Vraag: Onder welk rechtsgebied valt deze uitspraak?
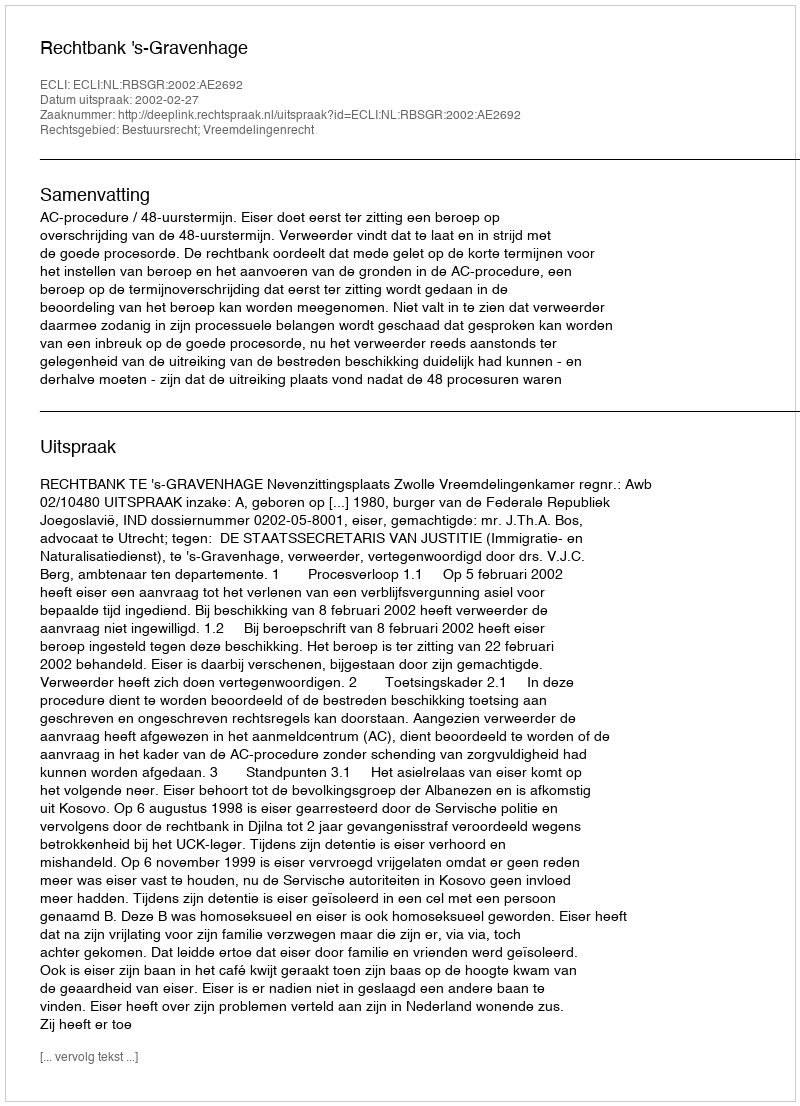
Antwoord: Bestuursrecht; Vreemdelingenrecht